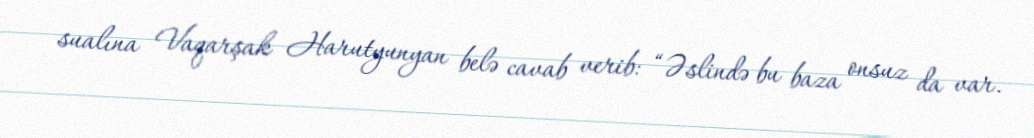
sualına Vaqarşak Harutyunyan belə cavab verib: “Əslində bu baza onsuz da var.